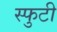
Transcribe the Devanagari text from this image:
स्फुटी